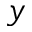
y